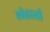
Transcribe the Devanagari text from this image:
लोहासी